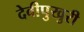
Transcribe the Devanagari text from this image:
देवीपुखुरी